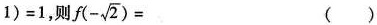
1 ) = 1$$，则 $$f ( - \sqrt { 2 } ) =$$ ()